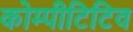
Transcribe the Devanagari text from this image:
कोम्पीटिटिव